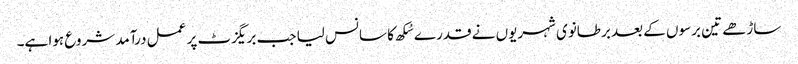
ساڑھے تین برسوں کے بعد برطانوی شہریوں نے قدرے سُکھ کا سانس لیا جب بریگزٹ پر عمل درآمد شروع ہوا ہے۔